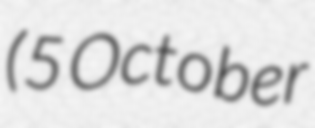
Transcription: (5 October